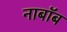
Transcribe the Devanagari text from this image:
नाबॉब